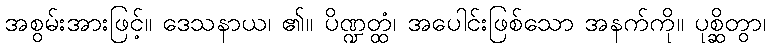
အစွမ်းအားဖြင့်။ ဒေသနာယ၊ ၏။ ပိဏ္ဍတ္ထံ၊ အပေါင်းဖြစ်သော အနက်ကို။ ပုစ္ဆိတွာ၊